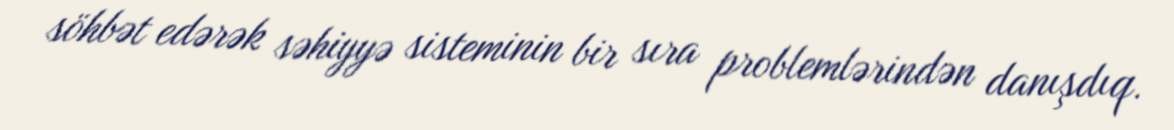
söhbət edərək səhiyyə sisteminin bir sıra problemlərindən danışdıq.